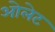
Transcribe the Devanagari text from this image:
ओलेट